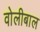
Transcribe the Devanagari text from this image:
वोलीबाल